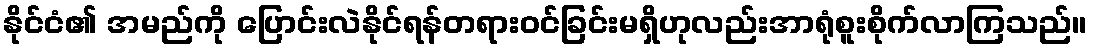
နိုင်ငံ၏ အမည်ကို ပြောင်းလဲနိုင်ရန်တရားဝင်ခြင်းမရှိဟုလည်းအာရုံစူးစိုက်လာကြသည်။